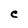
Character: C